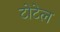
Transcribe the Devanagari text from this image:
टोटेल